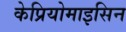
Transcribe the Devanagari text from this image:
केप्रियोमाइसिन